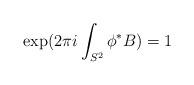
LaTeX: \begin{align*}\exp(2\pi i\int_{S^2} \phi^* {B})=1\end{align*}